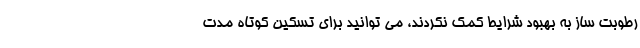
رطوبت ساز به بهبود شرایط کمک نکردند، می توانید برای تسکین کوتاه مدت